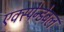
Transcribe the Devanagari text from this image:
एक्स्पेन्डेबल